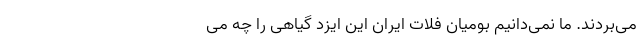
می‌بردند. ما نمی‌دانیم بومیان فلات ایران این ایزد گیاهی را چه می‌